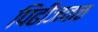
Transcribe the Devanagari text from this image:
पिढीजवळ